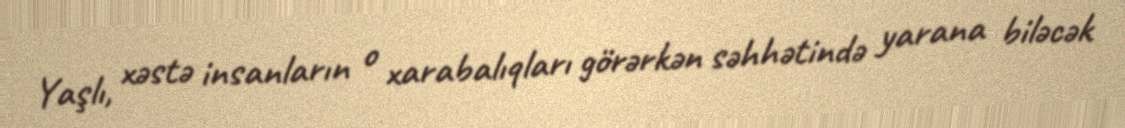
Yaşlı, xəstə insanların o xarabalıqları görərkən səhhətində yarana biləcək